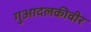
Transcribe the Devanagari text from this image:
गुआदलकीवीर